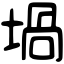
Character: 堝